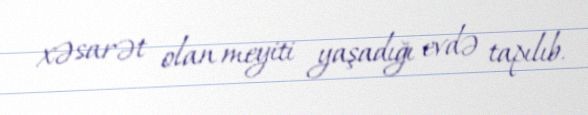
xəsarət olan meyiti yaşadığı evdə tapılıb.